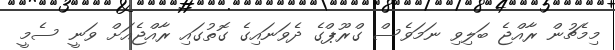
މިމެޗުން ރާއްޖެ ބަލިވި ނަމަވެސް ގްރޫޕްގެ ދެވަނައިގެ ގޮތުގައި ރާއްޖެއަށް ވަނީ ސެމީ